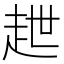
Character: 𧺿